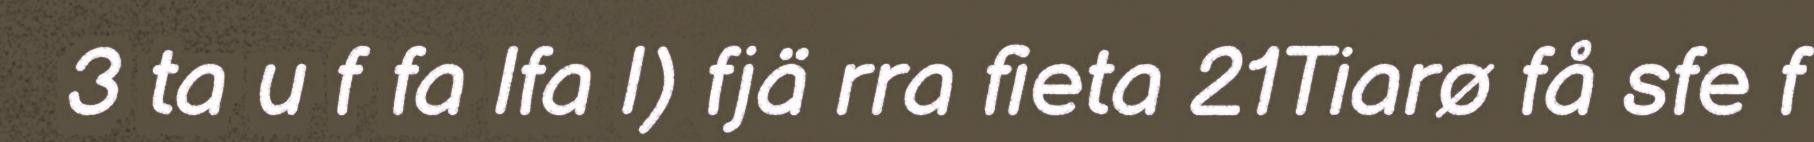
3 ta u f fa lfa l) fjä rra fieta 21Tiarø få sfe f